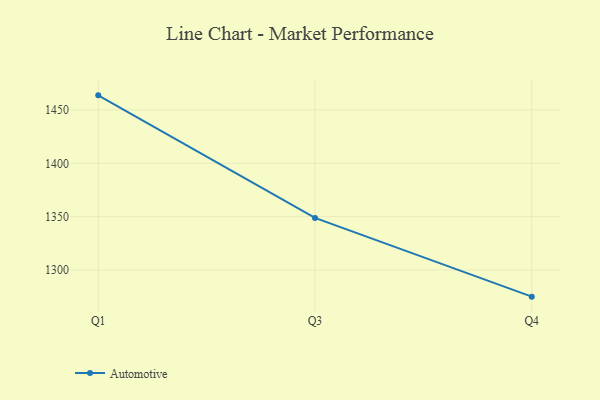
{"axis": {"x": "Quarter", "y": "Latency (ms)"}, "legend": ["Automotive"], "data": [{"x": "Q1", "y": 1463.7, "type": "Automotive"}, {"x": "Q3", "y": 1348.9, "type": "Automotive"}, {"x": "Q4", "y": 1275.1, "type": "Automotive"}]}